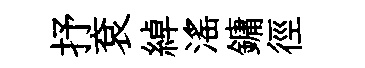
抒袞綽滛鏞徑